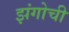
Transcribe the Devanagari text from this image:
झंगोची